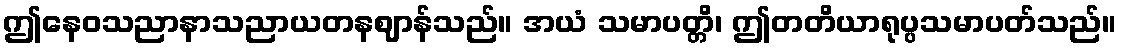
ဤနေဝသညာနာသညာယတနဈာန်သည်။ အယံ သမာပတ္တိ၊ ဤတတိယာရုပ္ပသမာပတ်သည်။